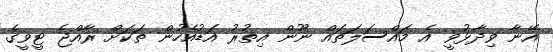
އޭނާ ވިދާޅުވީ އެ މައްސަލަތައް ނޫން އިތުރު އަޑުއެހުން ތަކަށް ރާއްޖެ ޓީވީގެ